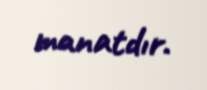
manatdır.